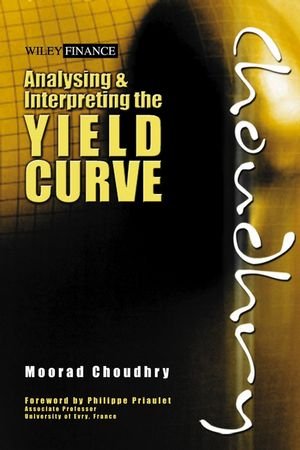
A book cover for Analysing and Interpreting the Yield Curve; Moorad Choudhry; Business & Money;